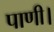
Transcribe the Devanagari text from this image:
पाणी।